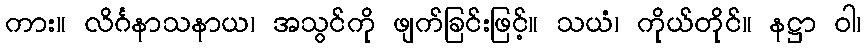
ကား။ လိင်္ဂနာသနာယ၊ အသွင်ကို ဖျက်ခြင်းဖြင့်။ သယံ၊ ကိုယ်တိုင်။ နဋ္ဌာ ဝါ၊